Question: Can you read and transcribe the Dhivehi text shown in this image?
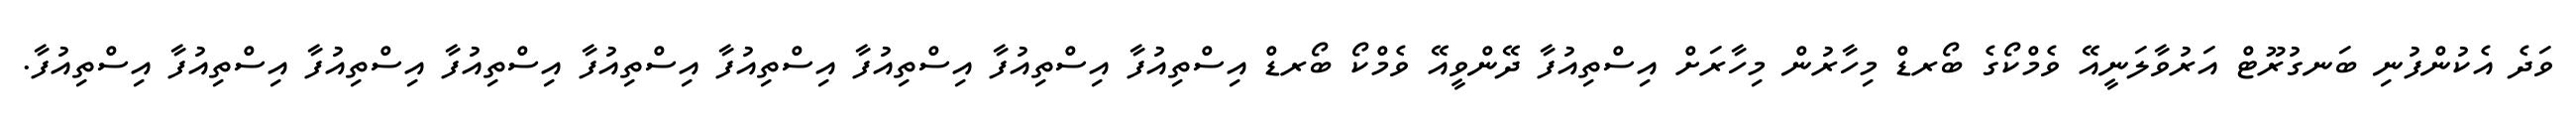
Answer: ވަދެ އެކުންފުނި ބަނގުރޫޓް އަރުވާލަނީއޭ ވެމްކޯގެ ބޯރޑް މިހާރުން މިހާރަށް އިސްތިއުފާ ދޭންވީއޭ ވެމްކޯ ބޯރޑް އިސްތިއުފާ އިސްތިއުފާ އިސްތިއުފާ އިސްތިއުފާ އިސްތިއުފާ އިސްތިއުފާ އިސްތިއުފާ އިސްތިއުފާ އިސްތިއުފާ.